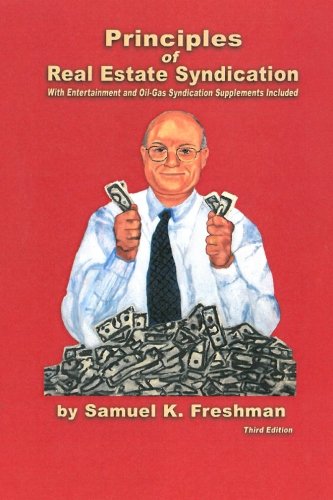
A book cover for Principles of Real Estate Syndication: With Entertainment and Oil-Gas Syndication Supplements Included; Samuel K Freshman; Business & Money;